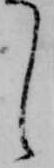
し